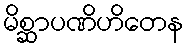
မိစ္ဆာပဏိဟိတေန